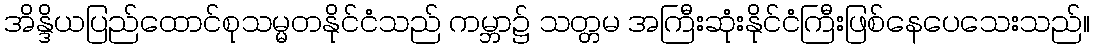
အိန္ဒိယပြည်ထောင်စုသမ္မတနိုင်ငံသည် ကမ္ဘာ၌ သတ္တမ အကြီးဆုံးနိုင်ငံကြီးဖြစ်နေပေသေးသည်။